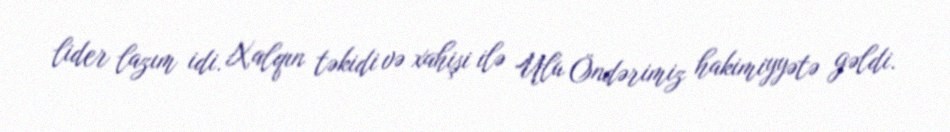
lider lazım idi. Xalqın təkidi və xahişi ilə Ulu Öndərimiz hakimiyyətə gəldi.